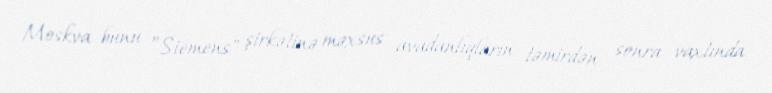
Moskva bunu ”Siemens" şirkətinə məxsus avadanlıqların təmirdən sonra vaxtında